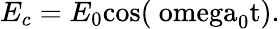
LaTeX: E_{c}=E_{0}\mathrm{{cos}(\ omega_{0}t).}